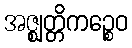
အဇ္ဈတ္တိကဉ္စေဝ